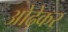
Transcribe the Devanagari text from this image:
ओढ़ेकर